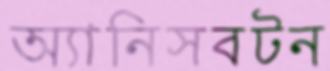
অ্যানিসবটন